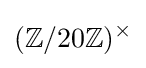
(\mathbb {Z} /20\mathbb {Z} )^{\times }